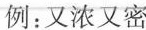
例：又浓又密